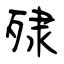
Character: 殔